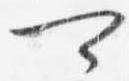
可